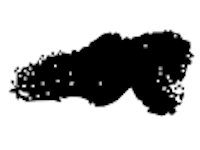
Text: a
Cross-out: single-line
Writing tool: digital_black